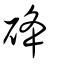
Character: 䂫